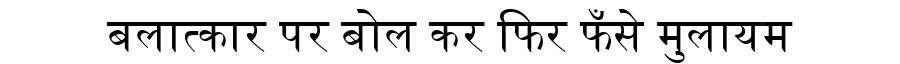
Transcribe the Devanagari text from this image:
बलात्कार पर बोल कर फिर फँसे मुलायम